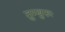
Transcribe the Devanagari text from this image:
तुम्बुरुः